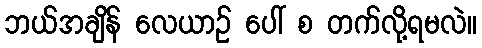
ဘယ်အချိန် လေယာဉ် ပေါ် စ တက်လို့ရမလဲ။